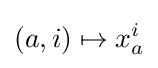
(a,i)\mapsto x_{a}^{i}